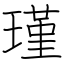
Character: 瑾